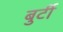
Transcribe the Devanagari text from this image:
बुर्टी